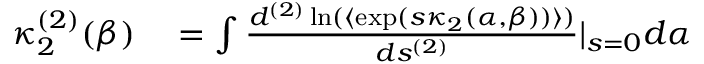
\begin{array} { r l } { \kappa _ { 2 } ^ { ( 2 ) } ( \beta ) } & { { } = \int \frac { d ^ { ( 2 ) } \ln ( \langle \exp ( s \kappa _ { 2 } ( \alpha , \beta ) ) \rangle ) } { d s ^ { ( 2 ) } } | _ { s = 0 } d \alpha } \end{array}